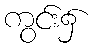
ကွင်း၌